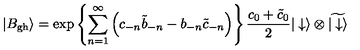
| B _ { \mathrm { g h } } \rangle = \exp \left\{ \sum _ { n = 1 } ^ { \infty } \left( c _ { - n } { \tilde { b } } _ { - n } - b _ { - n } { \tilde { c } } _ { - n } \right) \right\} { \frac { c _ { 0 } + { \tilde { c } } _ { 0 } } { 2 } } | \downarrow \rangle \otimes \widetilde { | \downarrow \rangle }